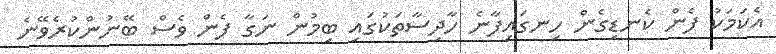
އެކަމަަކު ފެން ކެނޑިގެން ހިނގައިފާނެ ހާދިސާތަކުގައި ބިމުން ނަގާ ފެން ވެސް ބޭނުންކުރެވޭނެ